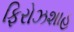
ફિરોઝશાહ